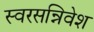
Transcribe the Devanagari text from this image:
स्वरसन्निवेश